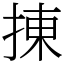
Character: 㨂